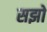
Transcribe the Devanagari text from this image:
सझो